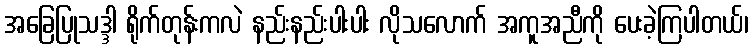
အခြေပြုသဒ္ဒါ ရိုက်တုန်းကလဲ နည်းနည်းပါးပါး လိုသလောက် အကူအညီကို ပေးခဲ့ကြပါတယ်၊